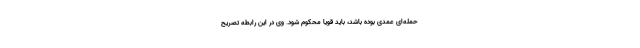
حمله‌ای عمدی بوده باشد، باید قویا محکوم شود. وی در این رابطه تصریح